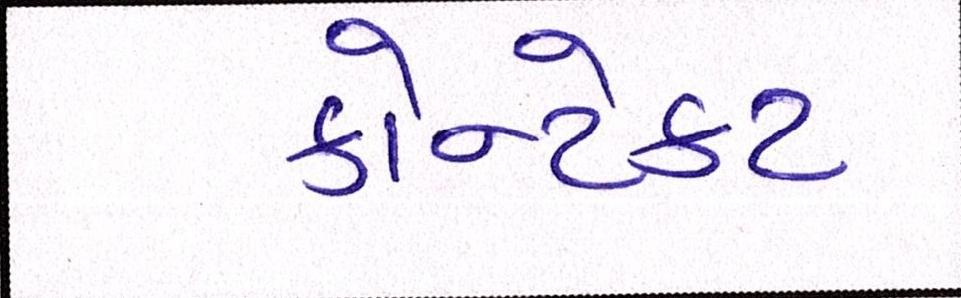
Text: કોન્ટેકટ